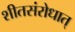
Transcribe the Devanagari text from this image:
शीतसंरोधात्